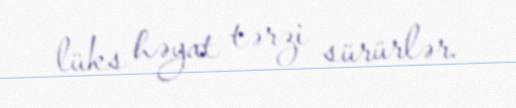
lüks həyat tərzi sürürlər.